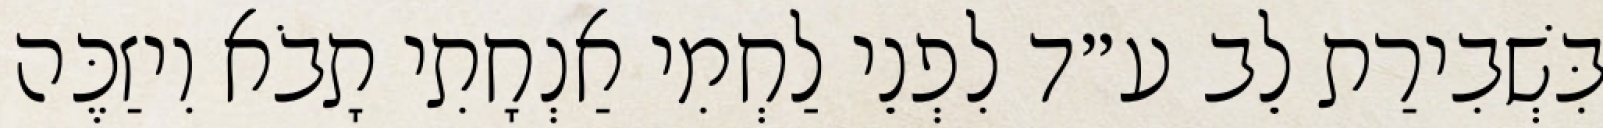
בִּשְׁבִירַת לֵב ע״ד לִפְנֵי לַחְמִי אַנְחָתִי תָבֹא וִיזַכֶּה